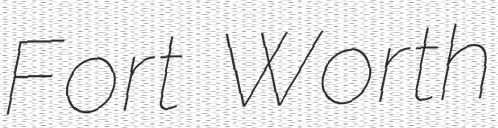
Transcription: Fort Worth